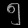
Digit: ၅